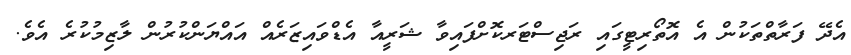
އެދޭ ފަރާތްތަކުން އެ އޮތޯރިޓީގައި ރަޖިސްޓަރކޮށްފައިވާ ޝަރީއާ އެޑްވައިޒަރެއް އައްޔަންކުރުން ލާޒިމުކުރެ އެވެ.